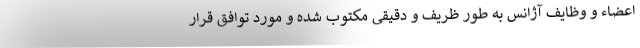
اعضاء و وظایف آژانس به طور ظریف و‌ دقیقی مکتوب شده و مورد توافق قرار